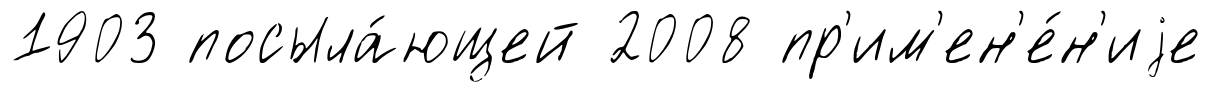
1903 посыла́ющей 2008 пр'им'ен'е́н'иjе